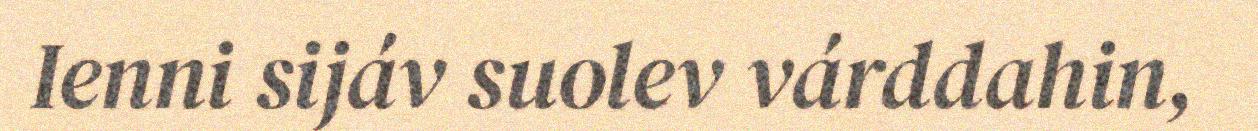
Ienni sijáv suolev várddahin,